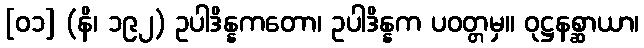
[၀၁] (နိ၊ ၁၉၂) ဥပါဒိန္နကတော၊ ဥပါဒိန္နက ပဝတ္တမှ။ ဝုဋ္ဌနစ္ဆာယာ၊